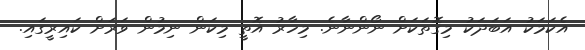
އެކަމަކު އަބަދަކު މިގޮތަކަށް ނޯންނާނެ. މިހާރު އޮތީ މިކަން ނިމުން ވަރަށް ކައިރީގައި.